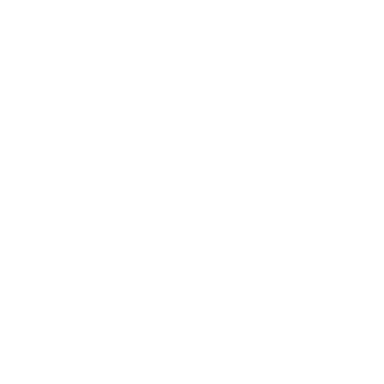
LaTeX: \fbox { \displaystyle \partial _ { z } S + \partial _ { \bar { z } } \bar { S } = - { \cal H } , \quad \partial _ { \varphi } S = p , \quad \partial _ { \varphi } \bar { S } = \bar { p } . } \vspace { 2 m m }